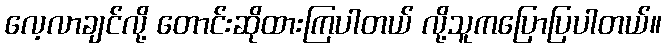
လေ့လာချင်လို့ တောင်းဆိုထားကြပါတယ် လို့သူကပြောပြပါတယ်။